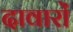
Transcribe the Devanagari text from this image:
दावारों